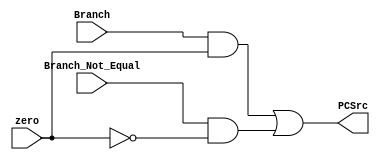
/*
Este es el modulo con proposito del selector del multiplexor del Branch
comparando las seales de la unidad de control BEQ y BNE con respecto al zero de la ALU
*/
module BranchesGates
(
	input Branch,
	input Branch_Not_Equal,
	input zero,
	output reg PCSrc
);

always@(*)

	PCSrc = (Branch & zero)|(Branch_Not_Equal & (~zero));

endmodule